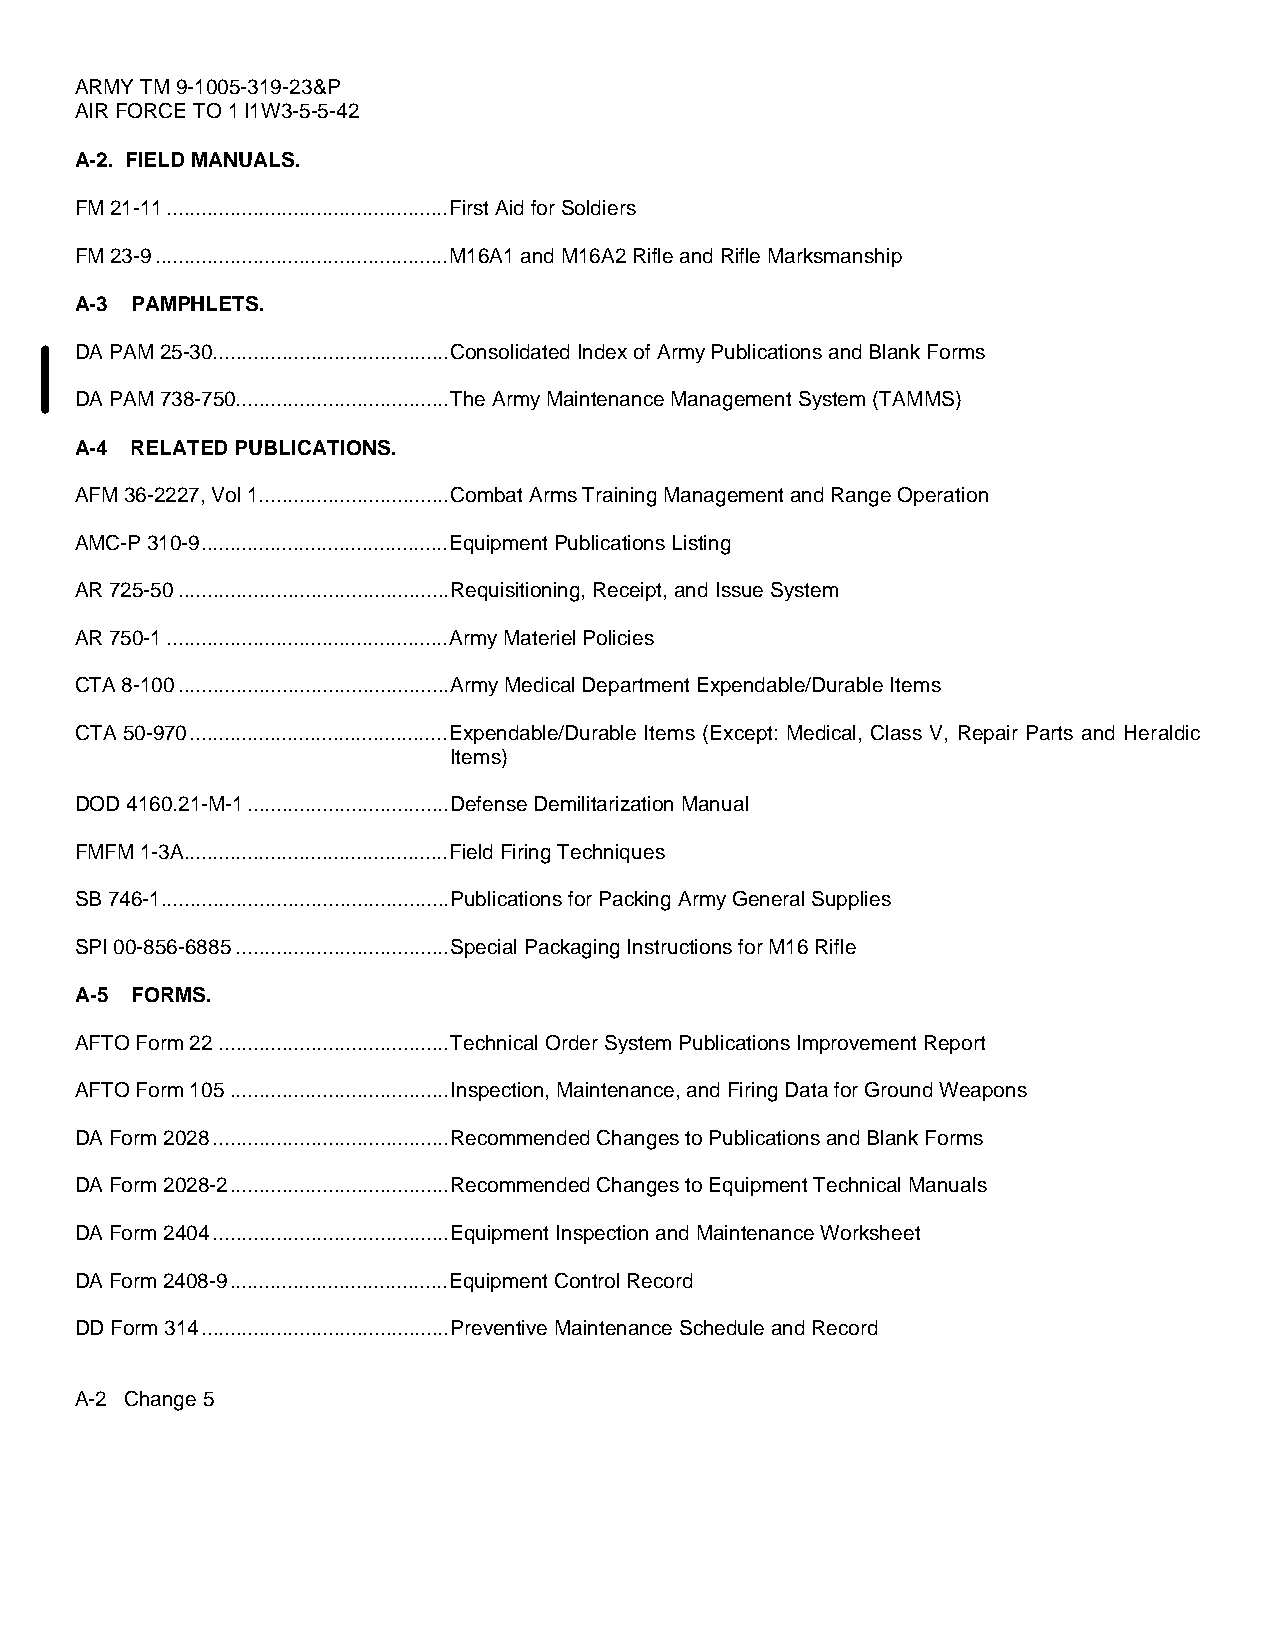
ARMY TM 9-1005-319-23&P
 AIR FORCE TO 1 l1W3-5-5-42
 A-2. FIELD MANUALS.
 FM 21-11.................................................First Aid for Soldiers
 FM 23-9...................................................M16A1 and M16A2 Rifle and Rifle Marksmanship
 A-3 PAMPHLETS.
 DA PAM 25-30.........................................Consolidated Index of Army Publications and Blank Forms
 DA PAM 738-750.....................................The Army Maintenance Management System (TAMMS)
 A-4 RELATED PUBLICATIONS.
 AFM 36-2227, Vol 1.................................Combat Arms Training Management and Range Operation
 AMC-P 310-9...........................................Equipment Publications Listing
 AR 725-50...............................................Requisitioning, Receipt, and Issue System
 AR 750-1.................................................Army Materiel Policies
 CTA 8-100...............................................Army Medical Department Expendable/Durable Items
 CTA 50-970.............................................Expendable/Durable Items (Except: Medical, Class V, Repair Parts and Heraldic
 Items)
 DOD 4160.21-M-1...................................Defense Demilitarization Manual
 FMFM 1-3A..............................................Field Firing Techniques
 SB 746-1..................................................Publications for Packing Army General Supplies
 SPI 00-856-6885.....................................Special Packaging Instructions for M16 Rifle
 A-5 FORMS.
 AFTO Form 22........................................Technical Order System Publications Improvement Report
 AFTO Form 105......................................Inspection, Maintenance, and Firing Data for Ground Weapons
 DA Form 2028.........................................Recommended Changes to Publications and Blank Forms
 DA Form 2028-2......................................Recommended Changes to Equipment Technical Manuals
 DA Form 2404.........................................Equipment Inspection and Maintenance Worksheet
 DA Form 2408-9......................................Equipment Control Record
 DD Form 314...........................................Preventive Maintenance Schedule and Record
 A-2 Change 5